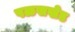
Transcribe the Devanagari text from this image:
पळसखेड